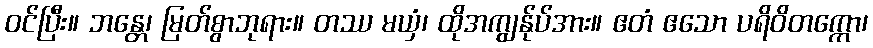
ဝင်ပြီး။ ဘန္တေ၊ မြတ်စွာဘုရား။ တဿ မယှံ၊ ထိုအကျွန်ုပ်အား။ ဧတံ ဧသော ပရိဝိတက္ကော၊